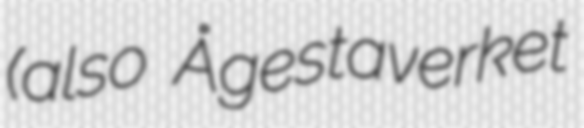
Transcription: (also Ågestaverket